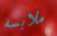
ملابسه